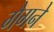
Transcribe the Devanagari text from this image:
गैगने